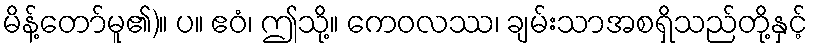
မိန့်တော်မူ၏)။ ပ။ ဧဝံ၊ ဤသို့။ ကေဝလဿ၊ ချမ်းသာအစရှိသည်တို့နှင့်